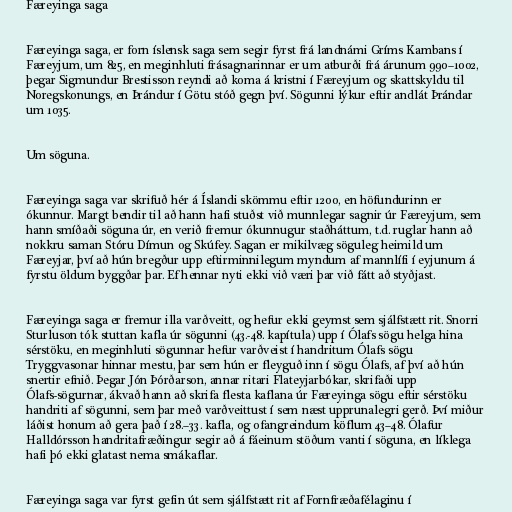
Færeyinga saga

Færeyinga saga, er forn íslensk saga sem segir fyrst frá landnámi Gríms Kambans í
Færeyjum, um 825, en meginhluti frásagnarinnar er um atburði frá árunum 990–1002,
þegar Sigmundur Brestisson reyndi að koma á kristni í Færeyjum og skattskyldu til
Noregskonungs, en Þrándur í Götu stóð gegn því. Sögunni lýkur eftir andlát Þrándar
um 1035.

Um söguna.

Færeyinga saga var skrifuð hér á Íslandi skömmu eftir 1200, en höfundurinn er
ókunnur. Margt bendir til að hann hafi stuðst við munnlegar sagnir úr Færeyjum, sem
hann smíðaði söguna úr, en verið fremur ókunnugur staðháttum, t.d. ruglar hann að
nokkru saman Stóru Dímun og Skúfey. Sagan er mikilvæg söguleg heimild um
Færeyjar, því að hún bregður upp eftirminnilegum myndum af mannlífi í eyjunum á
fyrstu öldum byggðar þar. Ef hennar nyti ekki við væri þar við fátt að styðjast.

Færeyinga saga er fremur illa varðveitt, og hefur ekki geymst sem sjálfstætt rit. Snorri
Sturluson tók stuttan kafla úr sögunni (43.-48. kapítula) upp í Ólafs sögu helga hina
sérstöku, en meginhluti sögunnar hefur varðveist í handritum Ólafs sögu
Tryggvasonar hinnar mestu, þar sem hún er fleyguð inn í sögu Ólafs, af því að hún
snertir efnið. Þegar Jón Þórðarson, annar ritari Flateyjarbókar, skrifaði upp
Ólafs-sögurnar, ákvað hann að skrifa flesta kaflana úr Færeyinga sögu eftir sérstöku
handriti af sögunni, sem þar með varðveittust í sem næst upprunalegri gerð. Því miður
láðist honum að gera það í 28.–33. kafla, og ofangreindum köflum 43–48. Ólafur
Halldórsson handritafræðingur segir að á fáeinum stöðum vanti í söguna, en líklega
hafi þó ekki glatast nema smákaflar.

Færeyinga saga var fyrst gefin út sem sjálfstætt rit af Fornfræðafélaginu í